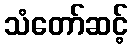
သံတော်ဆင့်